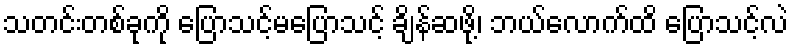
သတင်းတစ်ခုကို ပြောသင့်မပြောသင့် ချိန်ဆဖို့၊ ဘယ်လောက်ထိ ပြောသင့်လဲ